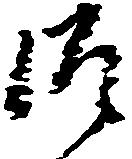
御